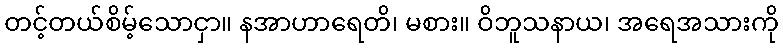
တင့်တယ်စိမ့်သောငှာ။ နအာဟာရေတိ၊ မစား။ ဝိဘူသနာယ၊ အရေအသားကို